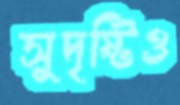
সুদৃষ্টিও